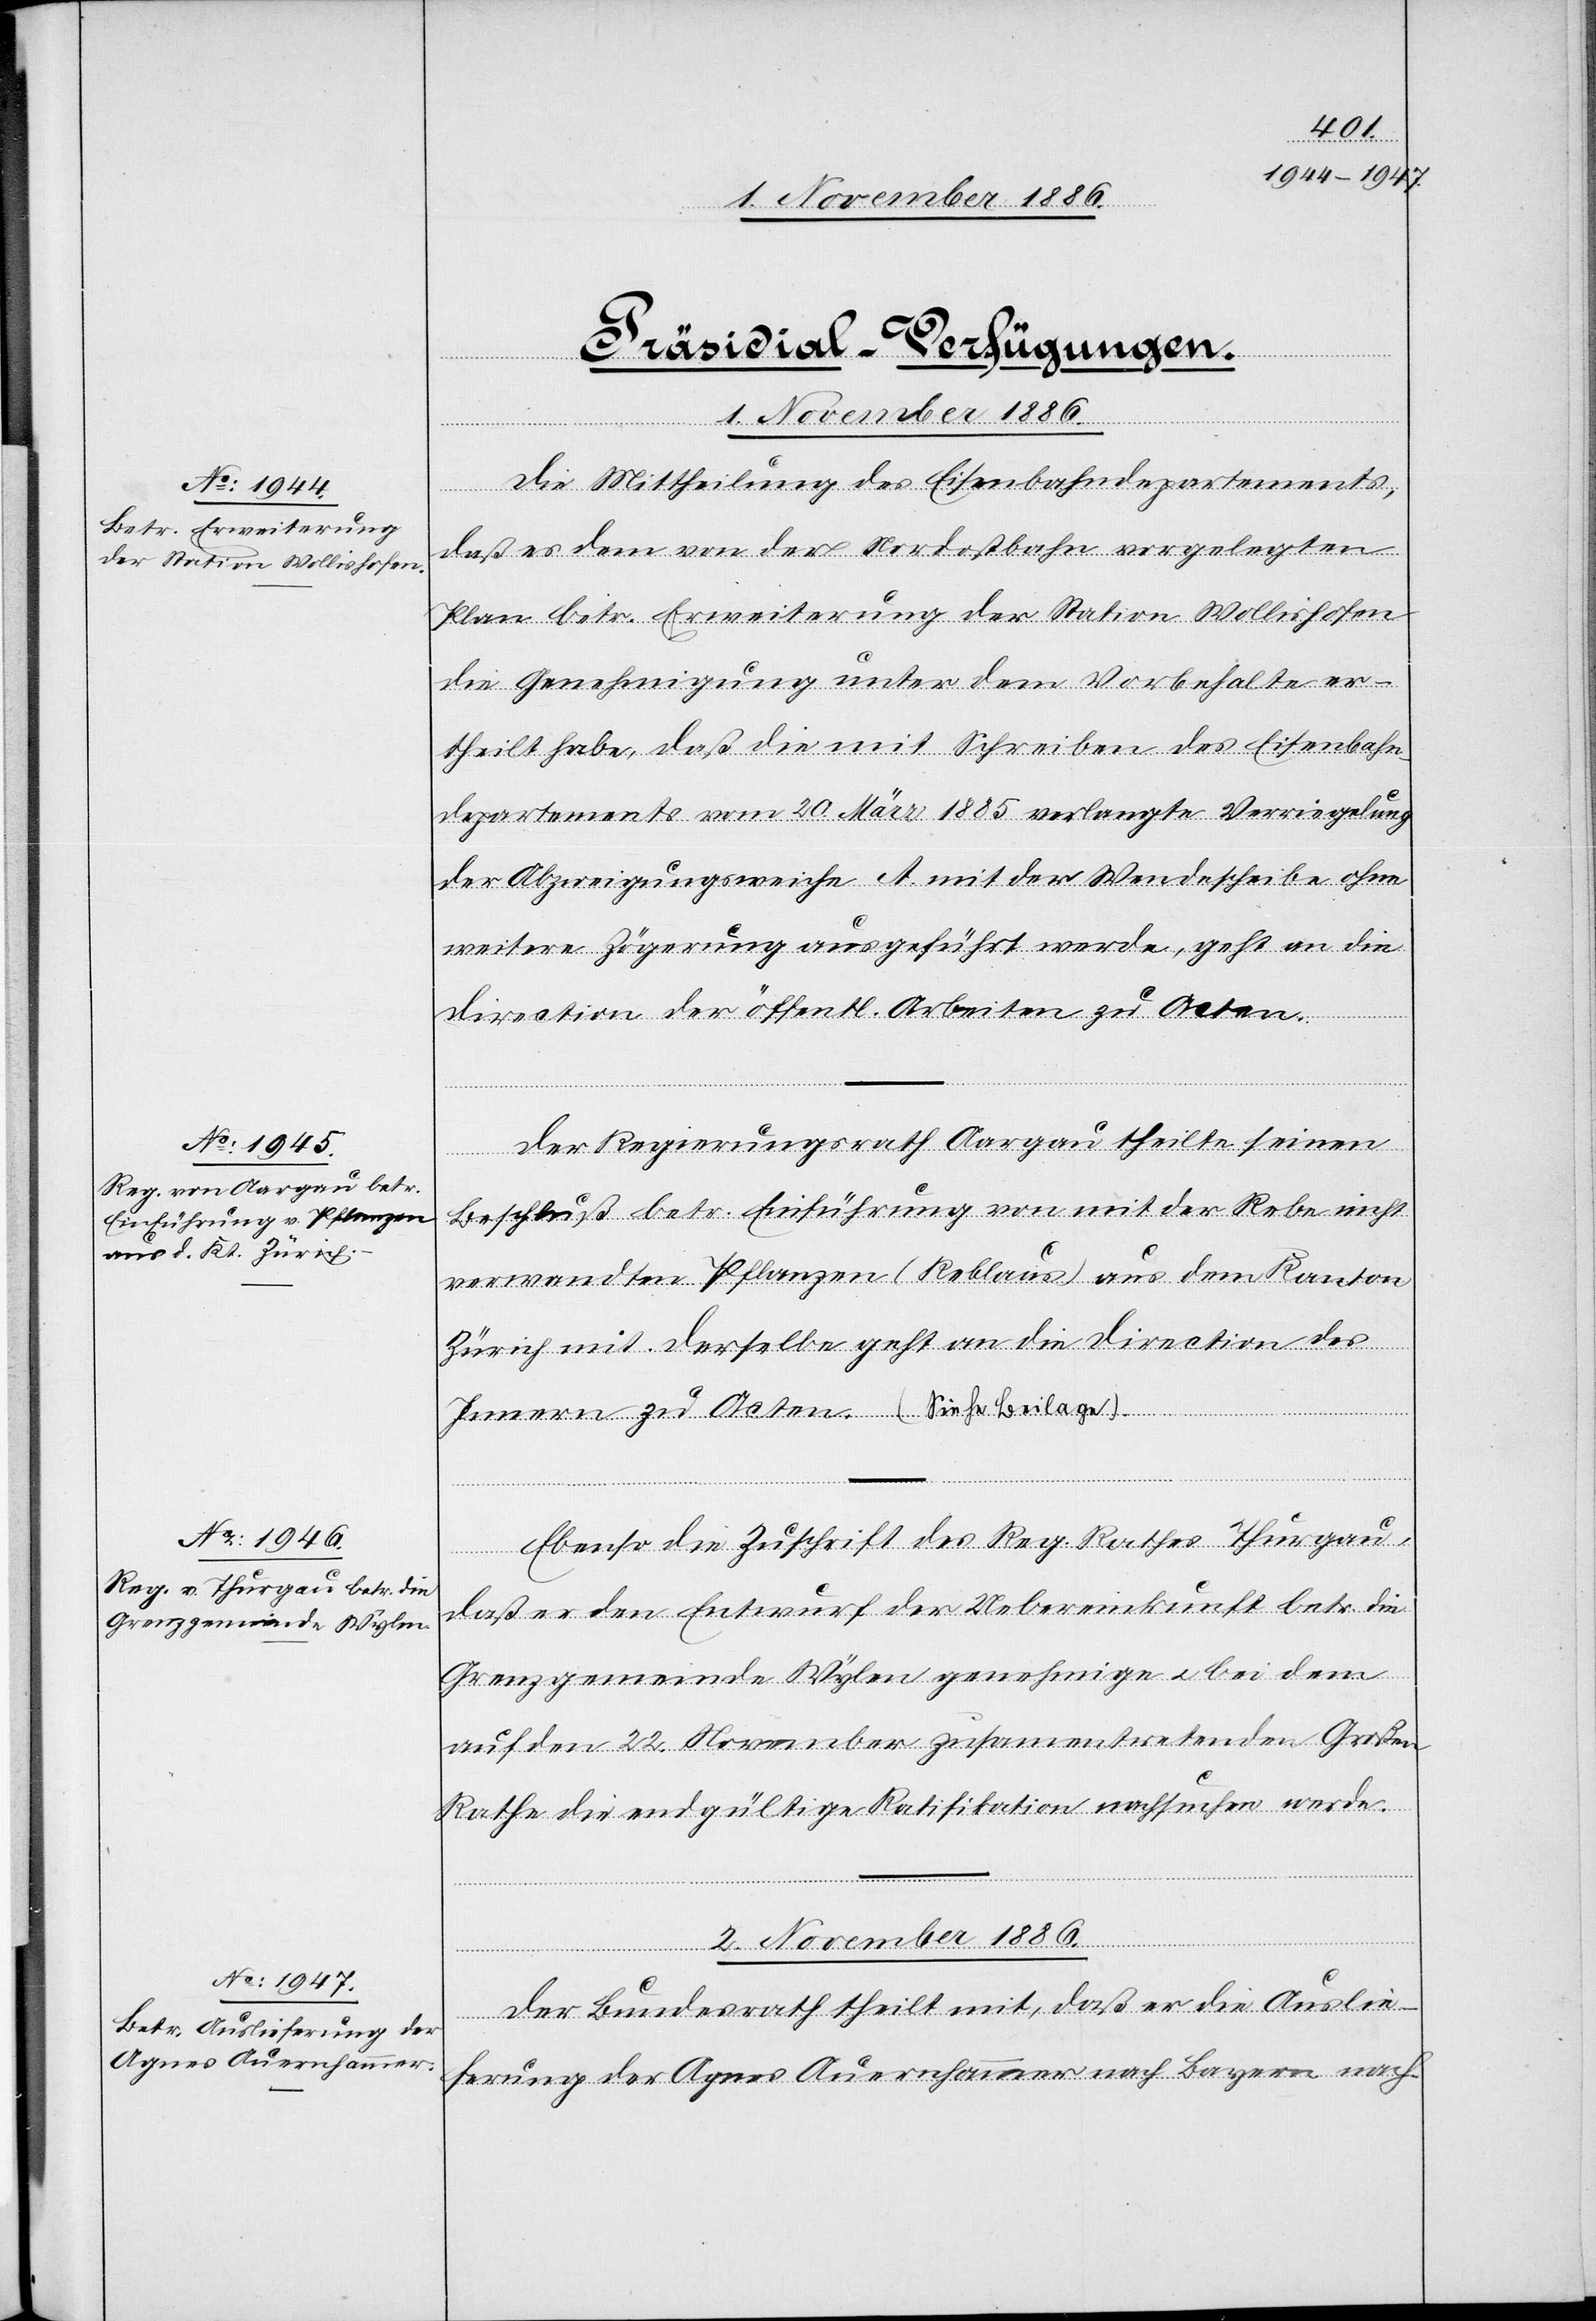
[Präsidial-Verfügungen.]
1. November 1886.]
Die Mittheilung des Eisenbahndepartements,
daß es dem von der Nordostbahn vorgelegten
Plan betr. Erweiterung der Station Wollishofen
die Genehmigung unter dem Vorbehalte er¬
theilt habe, daß die mit Schreiben des Eisenbahn¬
departements vom 20. März 1885 verlangte Verriegelung
der Abzweigungsweiche A. mit der Wendescheibe ohne
weitere Zögerung ausgeführt werde, geht an die
Direction der öffentl. Arbeiten zu Acten.
Der Regierungsrath Aargau theilte seinen
Beschluß betr. Einführung von mit der Rebe nicht
verwandten Pflanzen (Reblaus) aus dem Kanton
Zürich mit. Derselbe geht an die Direction des
Innern zu Acten. (Siehe Beilage).
Ebenso die Zuschrift des Reg. Rathes Thurgau,
daß er den Entwurf der Uebereinkunft betr. die
Grenzgemeinde Wylen genehmige & bei dem
auf den 22. November zusam[m]entretenden Großen
Rathe die endgültige Ratifikation nachsuchen werde.
2. November 1886.
Der Bundesrath theilt mit, daß er die Auslie¬
ferung der Agnes Auernhammer nach Bayern nach-